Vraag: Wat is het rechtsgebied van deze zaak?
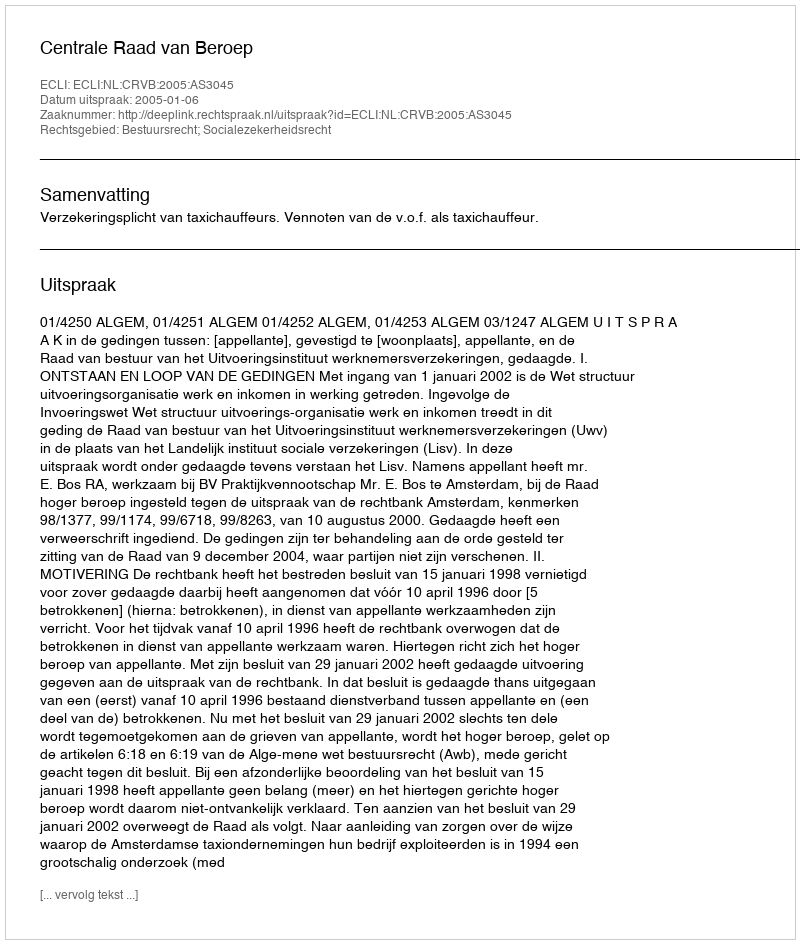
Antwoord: Bestuursrecht; Socialezekerheidsrecht